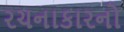
રચનાકારનો